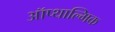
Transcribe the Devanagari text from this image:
ऑप्थाल्मिक